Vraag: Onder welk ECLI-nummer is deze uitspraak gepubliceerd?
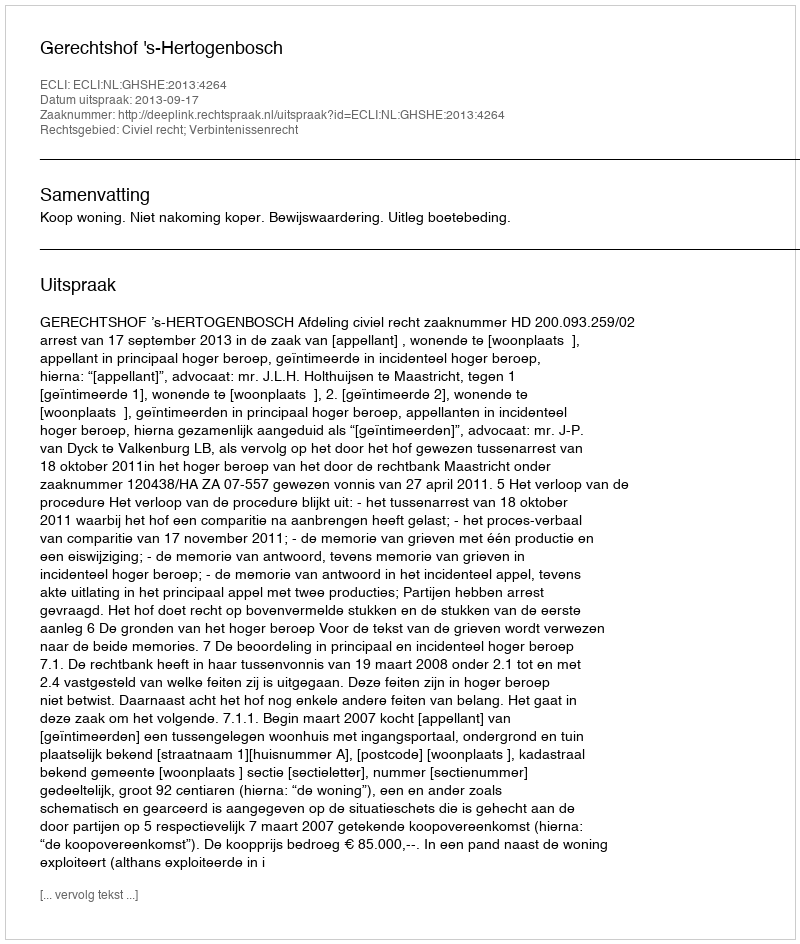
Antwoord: ECLI:NL:GHSHE:2013:4264